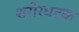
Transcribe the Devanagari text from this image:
शरीरघटक